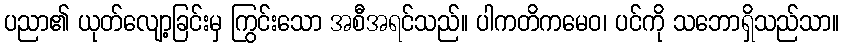
ပညာ၏ ယုတ်လျော့ခြင်းမှ ကြွင်းသော အစီအရင်သည်။ ပါကတိကမေဝ၊ ပင်ကို သဘောရှိသည်သာ။